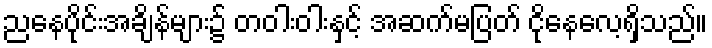
ညနေပိုင်းအချိန်များ၌ တဝါးဝါးနှင့် အဆက်မပြတ် ငိုနေလေ့ရှိသည်။